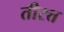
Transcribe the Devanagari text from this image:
तीरत्त